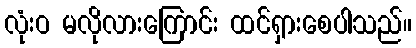
လုံးဝ မလိုလားကြောင်း ထင်ရှားစေပါသည်။